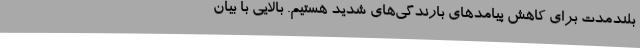
بلندمدت برای کاهش پیامدهای بارندگی‌های شدید هستیم. بالایی با بیان